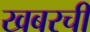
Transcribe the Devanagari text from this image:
खबरची